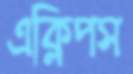
এক্লিপস